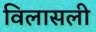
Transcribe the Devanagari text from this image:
विलासली